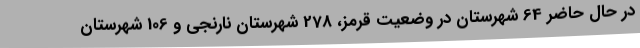
در حال حاضر 64 شهرستان در وضعیت قرمز، 278 شهرستان نارنجی و 106 شهرستان